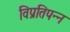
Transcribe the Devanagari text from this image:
विप्रतिपन्न